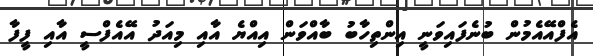
އެފްއޭއެމުން ބުނެފައިވަނީ އިންތިހާބު ބާއްވަން އިއްޔެ އާއި މިއަދު އޭއެފްސީ އާއި ފީފާ